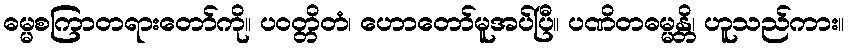
ဓမ္မစကြာတရားတော်ကို။ ပဝတ္တိတံ၊ ဟောတော်မူအပ်ပြီ။ ပဏိတဓမ္မန္တိ၊ ဟူသည်ကား။